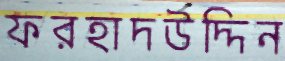
ফরহাদউদ্দিন